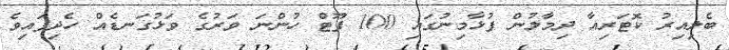
ބެލިއިރު ކޮޓަރިއާ ދިމާލުން ފުޅާމިނުގައި 100 ފޫޓް ހުންނަ ވަރުގެ ވަޅުގަނޑެއް ހެދިފައިވެ